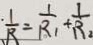
\frac { 1 } { R } = \frac { 1 } { R _ { 1 } } + \frac { 1 } { R _ { 2 } }